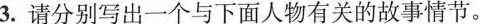
3.请分别写出一个与下面人物有关的故事情节。